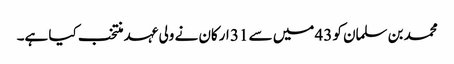
محمد بن سلمان کو 43 میں سے 31 ارکان نے ولی عہد منتخب کیا ہے۔